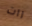
رات